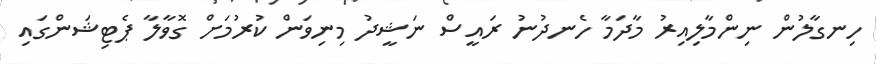
ހިނގާލުން ނިންމާލިއިރު މާދަމާ ހެނދުނު ރައީސް ނަޝީދު މިނިވަން ކުރުމަށް ގޮވާލާ ޕެޓިޝަންގައި